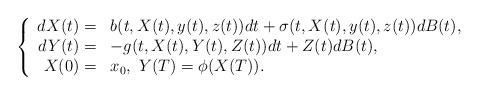
LaTeX: \begin{align*}\left\{\begin{array}[c]{rl}dX(t)= & b(t,X(t),y(t),z(t))dt+\sigma(t,X(t),y(t),z(t))dB(t),\\dY(t)= & -g(t,X(t),Y(t),Z(t))dt+Z(t)dB(t),\\X(0)= & x_{0},\ Y(T)=\phi(X(T)).\end{array}\right. \end{align*}